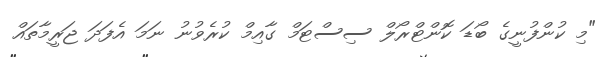
"މި ކުންފުނީގެ ބޯޑަ ކޮންޓްރޯލް ސިސްޓަމް ގާއިމް ކުރެވުނު ނަމަ އެފަދަ ޖަރީމާތައް